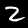
Label: 2